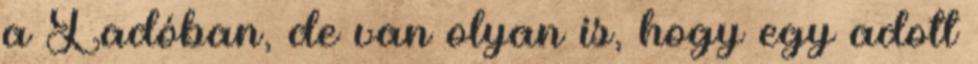
a Ladóban, de van olyan is, hogy egy adott